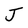
Character: J